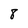
Character: 8